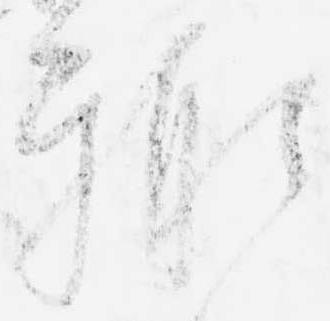
輙